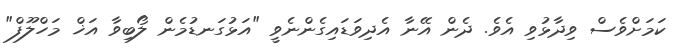
ކަމަށްވެސް ވިދާޅުވި އެވެ. ދެން އޭނާ އެދިވަޑައިގެންނެވީ "އަޅުގަނޑުމެން ލޯބިވާ އަޚް މަހްލޫފް"